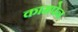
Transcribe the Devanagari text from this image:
कामपेन